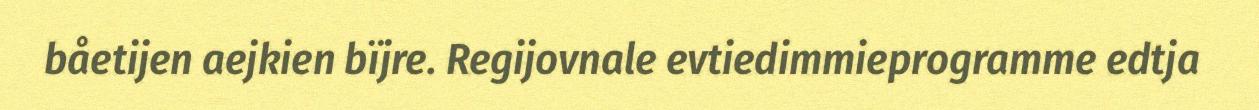
båetijen aejkien bïjre. Regijovnale evtiedimmieprogramme edtja